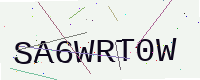
Text: SA6WRT0W